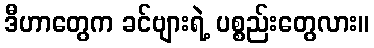
ဒီဟာတွေက ခင်ဗျားရဲ့ ပစ္စည်းတွေလား။